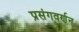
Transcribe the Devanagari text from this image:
प्रसंगवर्णन